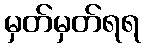
မှတ်မှတ်ရရ